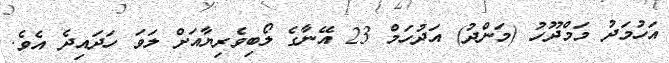
އަހުމަދު މަމްދޫހު (މަންދު) އަދުހަމް 23 އޭނާގެ ލޯބިވެރިޔާއަށް ލަވަ ހަދައިދެ އެވެ.